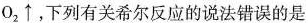
o _ { 2 } \uparrow$$，下列有关希尔反应的说法错误的是